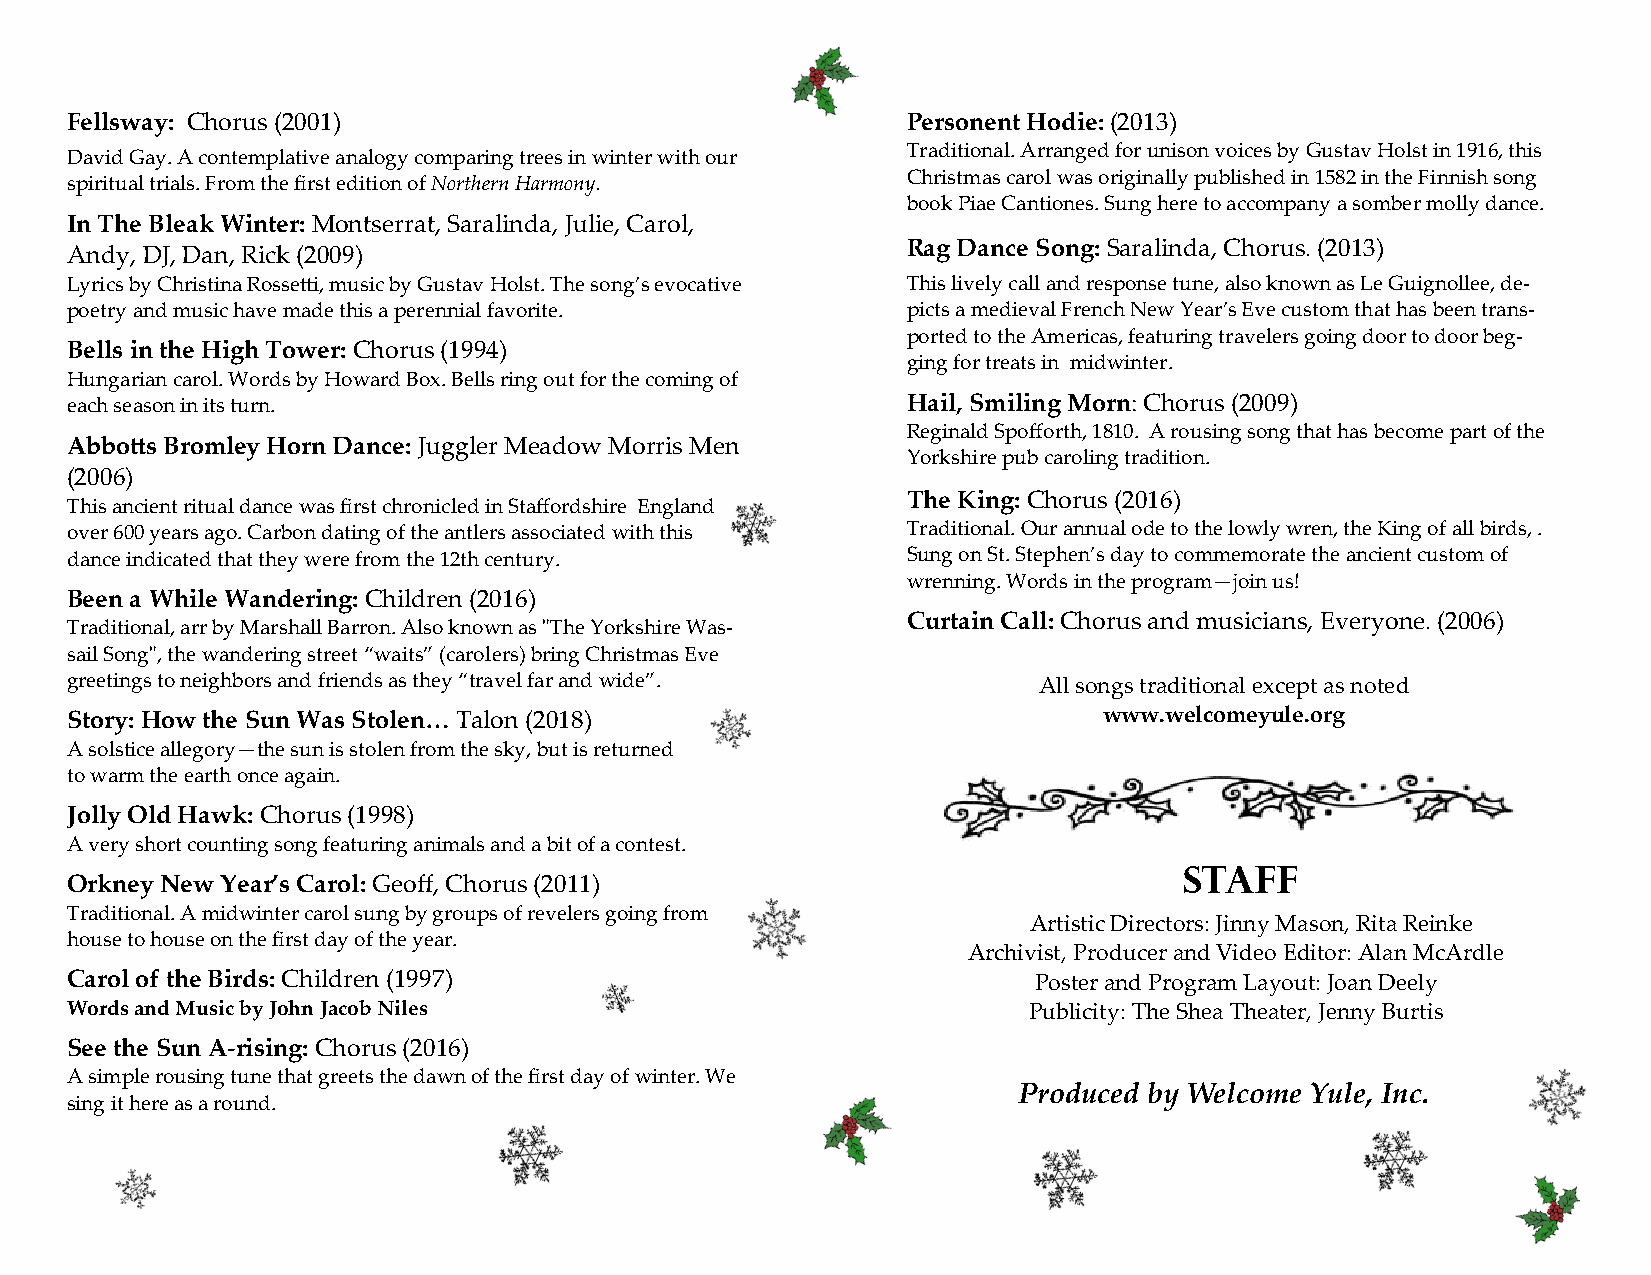
Fellsway: Chorus (2001)                                 Personent Hodie: (2013)
 Traditional. Arranged for unison voices by Gustav Holst in 1916, this
 David Gay. A contemplative analogy comparing trees in winter with our                             .
 Christmas carol was originally published in 1582 in the Finnish song
 spiritual trials. From the first edition of Northern Harmony.
 book Piae Cantiones. Sung here to accompany a somber molly dance.
 In The Bleak Winter: Montserrat, Saralinda, Julie, Carol,
 Rag Dance Song: Saralinda, Chorus. (2013)
 Andy, DJ, Dan, Rick (2009)
 Lyrics by Christina Rossetti, music by Gustav Holst. The song’s evocative This lively call and response tune, also known as Le Guignollee, de-
 poetry and music have made this a perennial favorite.   picts a medieval French New Year’s Eve custom that has been trans-
 ported to the Americas, featuring travelers going door to door beg-
 Bells in the High Tower: Chorus (1994)
 ging for treats in midwinter.
 Hungarian carol. Words by Howard Box. Bells ring out for the coming of
 each season in its turn.                                Hail, Smiling Morn: Chorus (2009)
 Reginald Spofforth, 1810. A rousing song that has become part of the
 Abbotts Bromley Horn Dance: Juggler Meadow Morris Men
 Yorkshire pub caroling tradition.
 (2006)
 The King: Chorus (2016)
 This ancient ritual dance was first chronicled in Staffordshire England
 over 600 years ago. Carbon dating of the antlers associated with this Traditional. Our annual ode to the lowly wren, the King of all birds, .
 dance indicated that they were from the 12th century.   Sung on St. Stephen’s day to commemorate the ancient custom of
 wrenning. Words in the program—join us!
 Been a While Wandering: Children (2016)
 Curtain Call: Chorus and musicians, Everyone. (2006)
 Traditional, arr by Marshall Barron. Also known as "The Yorkshire Was-
 sail Song", the wandering street “waits” (carolers) bring Christmas Eve
 greetings to neighbors and friends as they “travel far and wide”. All songs traditional except as noted
 Story: How the Sun Was Stolen… Talon (2018)                          www.welcomeyule.org
 A solstice allegory—the sun is stolen from the sky, but is returned
 to warm the earth once again.
 Jolly Old Hawk: Chorus (1998)
 A very short counting song featuring animals and a bit of a contest.
 staff
 Orkney New Year’s Carol: Geoff, Chorus (2011)
 Traditional. A midwinter carol sung by groups of revelers going from
 Artistic Directors: Jinny Mason, Rita Reinke
 house to house on the first day of the year.
 Archivist, Producer and Video Editor: Alan McArdle
 Carol of the Birds: Children (1997)                             Poster and Program Layout: Joan Deely
 Words and Music by John Jacob Niles                             Publicity: The Shea Theater, Jenny Burtis
 See the Sun A-rising: Chorus (2016)
 A simple rousing tune that greets the dawn of the first day of winter. We
 Produced by Welcome Yule, Inc.
 sing it here as a round.